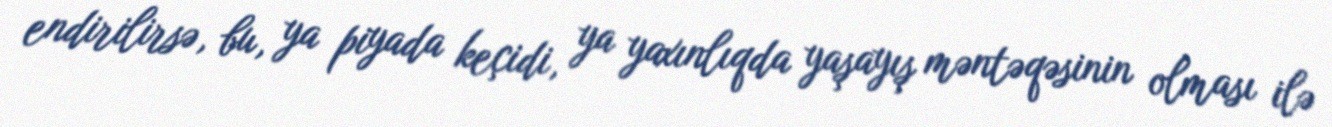
endirilirsə, bu, ya piyada keçidi, ya yaxınlıqda yaşayış məntəqəsinin olması ilə